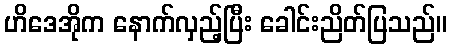
ဟိဒေအိုက နောက်လှည့်ပြီး ခေါင်းညိတ်ပြသည်။